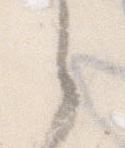
之